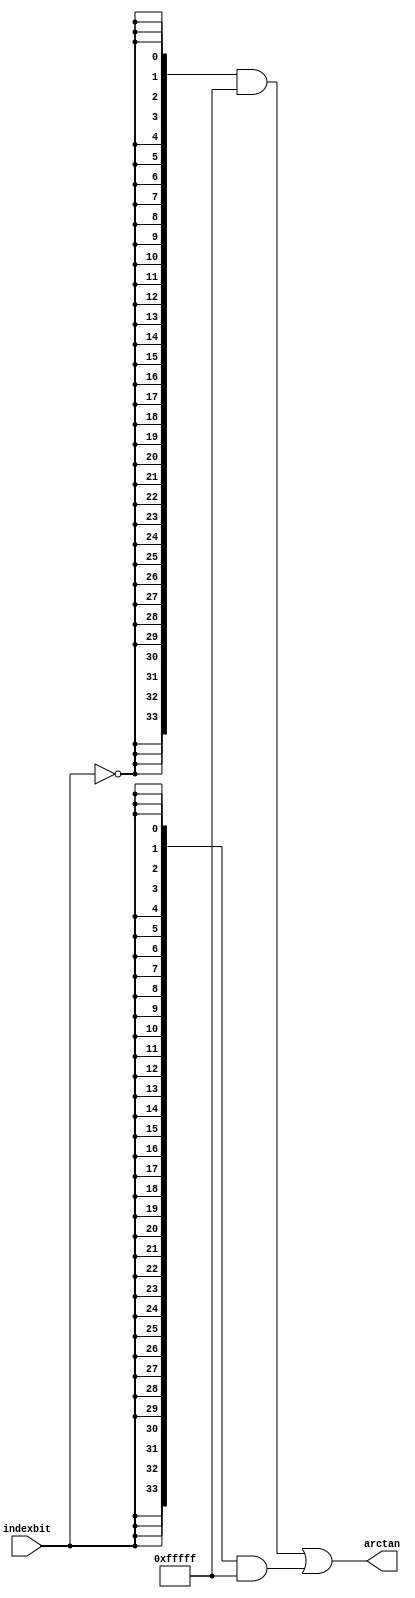
module  sin_altfp_sincos_cordic_atan_n6b
	(
	arctan,
	indexbit) ;
	output   [33:0]  arctan;
	input   indexbit;
`ifndef ALTERA_RESERVED_QIS
// synopsys translate_off
`endif
	tri0   indexbit;
`ifndef ALTERA_RESERVED_QIS
// synopsys translate_on
`endif
	wire  [47:0]  valuenode_12_w;
	wire  [47:0]  valuenode_14_w;
	assign
		arctan = (({34{(~ indexbit)}} & valuenode_12_w[47:14]) | ({34{indexbit}} & valuenode_14_w[45:12])),
		valuenode_12_w = 48'b000000000000001111111111111111111111111010101011,
		valuenode_14_w = 48'b000000000000000011111111111111111111111111111011;
endmodule